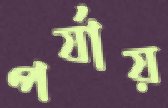
পর্যায়